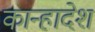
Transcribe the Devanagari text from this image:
कान्हादेश